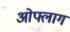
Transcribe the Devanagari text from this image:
ओफ्लाग